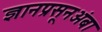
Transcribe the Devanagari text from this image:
ज्ञानप्रसूनअंबा